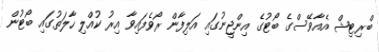
ބްރިޓިޝް އެއާވޭސްގެ ބޯޓުގެ އިންޖީނުގައި އަލިފާން ރޯވެފައިވާ އިރު ކުއްލި ހާލަތުގައި ބޯޓުން